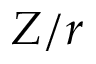
Z / r